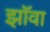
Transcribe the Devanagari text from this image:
झॉवा